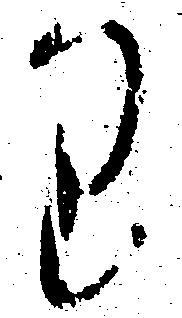
り